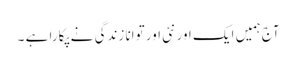
آج ہمیں ایک اور نئی اور توانا زندگی نے پکارا ہے ۔